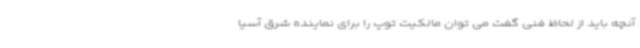
آنچه باید از لحاظ فنی گفت می توان مالکیت توپ را برای نماینده شرق آسیا